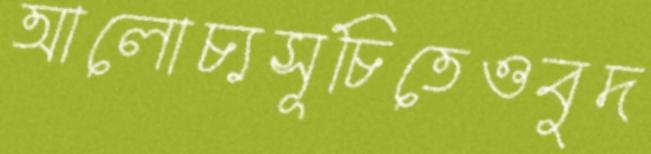
আলোচ্যসূচিতেওবুদ